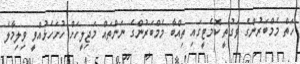
ހަތް މެމްބަރުންގެ ވަގުތީ ކޮމެޓީގައި ތިއްބާ މެމްބަރުންގެ ނަންތައް މަޖިލީހަށް ހުށަހެޅުއްވީ ވިލިމާލެ